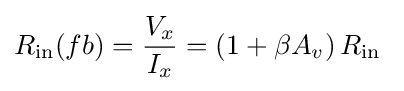
R_{\mathrm {in} }(fb)={\frac {V_{x}}{I_{x}}}=\left(1+\beta A_{v}\right)R_{\mathrm {in} }\